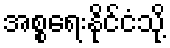
အစ္စရေးနိုင်ငံသို့